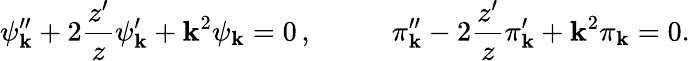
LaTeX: \psi_{\mathbf{k}}^{\prime\prime}+2\frac{{z^{\prime}}}{{z}}\psi_{\mathbf{k}}^{\prime}+\mathbf{k}^{2}\psi_{\mathbf{k}}=0\, ,~~~~~~~~~~~\pi_{\mathbf{k}}^{\prime\prime}-2\frac{{z^{\prime}}}{{z}}\pi_{\mathbf{k}}^{\prime}+\mathbf{k}^{2}\pi_{\mathbf{k}}=0.